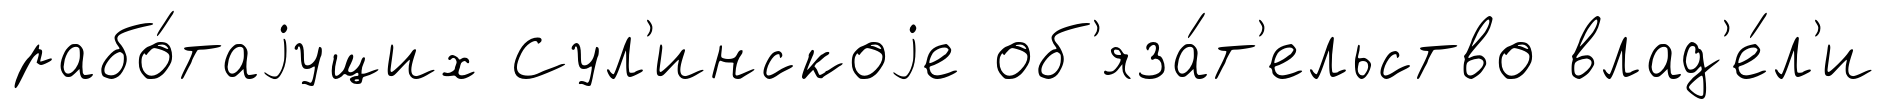
рабо́таjущих Сул'инскоjе об'яза́т'ельство влад'е́л'и